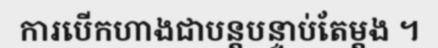
ការបើកហាងជាបន្តបន្ទាប់តែម្តង ។